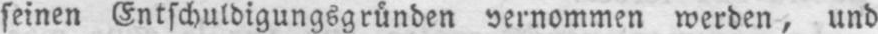
seinen Entschuldigungsgründen vernommen werden, und